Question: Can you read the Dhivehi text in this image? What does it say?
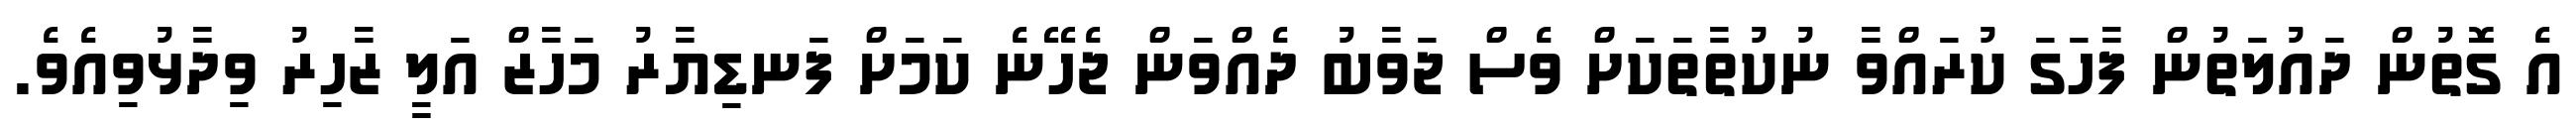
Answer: އެ ގޮތުން ދައުލަތުން ފާހަގަ ކުރައްވާ ނުކުތާތަކަށް ވެސް ޖަވާބު ދެއްވަން ޖެހޭނެ ކަމަށް ފަނޑިޔާރު މަހާޒް އަލީ ޒާހިރު ވިދާޅުވިއެވެ.